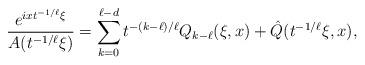
LaTeX: \begin{align*}\dfrac{e^{i xt^{-1/\ell}\xi}}{A(t^{-1/\ell}\xi)}=\sum\limits_{k=0}^{\ell-d} t^{-(k-\ell)/\ell} {Q}_{k-\ell}(\xi,x)+\hat{Q}(t^{-1/\ell}\xi,x),\end{align*}